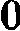
O